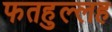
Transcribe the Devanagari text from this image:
फतहुल्लह